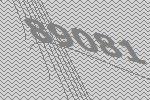
89081